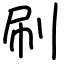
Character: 刷